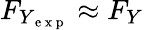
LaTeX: F_{Y_{\mathrm{~e~x~p~}}}\approx F_{Y}